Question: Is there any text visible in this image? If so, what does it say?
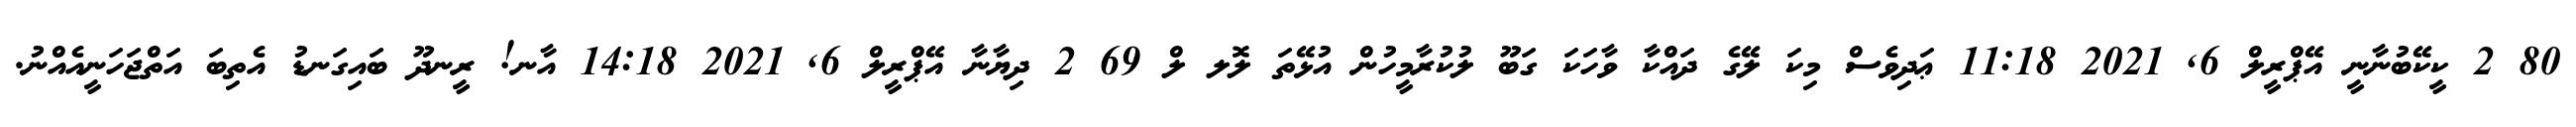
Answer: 80 2 ކީކޭބުނާނީ އޭޕްރީލް 6, 2021 11:18 ޢަދިވެސް މިކަ ލޭގެ ދައްކާ ވާހަކަ ގަބޫ ލުކުރާމީހުން އުޅޭތަ ލޮލ ލް 69 2 ދިޔާނާ އޭޕްރީލް 6, 2021 14:18 އާނ! ރީނދޫ ބައިގަނޑު އެތިބަ އަތްޖަހަނީއެއްނު.